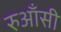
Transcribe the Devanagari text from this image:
रुआँसी